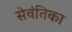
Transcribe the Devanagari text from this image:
सेवंतिका